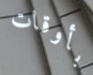
بأوقات